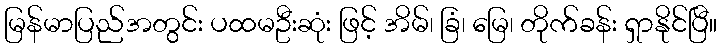
မြန်မာပြည်အတွင်း ပထမဦးဆုံး ဖြင့် အိမ်၊ ခြံ၊ မြေ၊ တိုက်ခန်း ရှာနိုင်ပြီ။